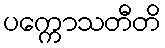
ပက္ကောသတီတိ